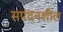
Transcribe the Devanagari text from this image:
सपंदनशील